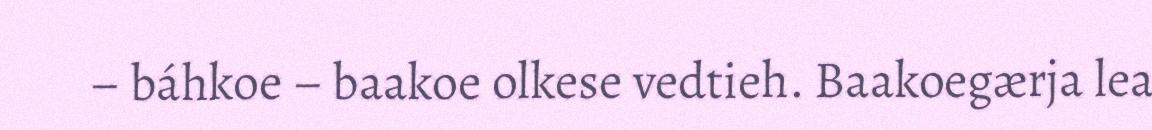
– báhkoe – baakoe olkese vedtieh. Baakoegærja lea